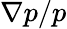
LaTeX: \nabla p/p